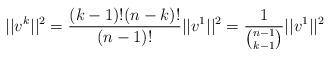
LaTeX: \begin{align*} ||v^k||^2=\frac{(k-1)!(n-k)!}{(n-1)!}||v^1||^2= \frac{1}{\binom{n-1}{k-1}}||v^1||^2\end{align*}